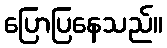
ပြောပြနေသည်။